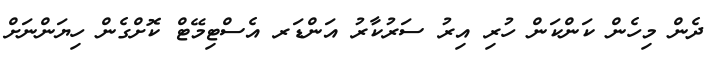
ދެން މިހެން ކަންކަން ހުރި އިރު ސަރުކާރު އަންޑަރ އެސްޓިމޭޓް ކޮށްގެން ހިޔަންނަށް